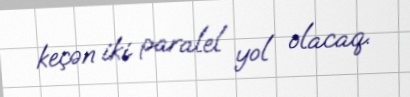
keçən iki paralel yol olacaq.